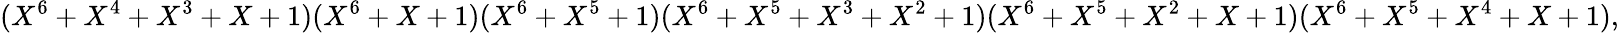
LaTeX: (X^{6}+X^{4}+X^{3}+X+1)(X^{6}+X+1)(X^{6}+X^{5}+1)(X^{6}+X^{5}+X^{3}+X^{2}+1)(X^{6}+X^{5}+X^{2}+X+1)(X^{6}+X^{5}+X^{4}+X+1),